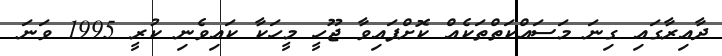
ދާއިރާގައި ގިނަ މަސައްކަތްތަކެއް ކޮށްފައިވާ ޖޫހީ މީހަކާ ކައިވެނި ކުރީ 1995 ވަނަ